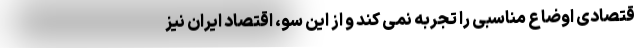
قتصادی اوضاع مناسبی را تجربه نمی کند و از این سو، اقتصاد ایران نیز